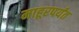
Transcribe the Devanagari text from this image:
माहूरपर्यंत